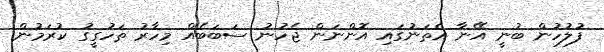
ފުލުހުން ބުނީ އޭނާ އެތަނުގައި އޮންނަން ޖެހުނު ސަބަބެއް މިހާރު ތަހުގީގު ކުރަމުން